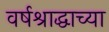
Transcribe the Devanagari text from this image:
वर्षश्राद्धाच्या